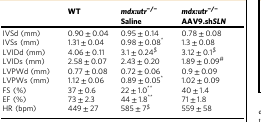
|  | WT | mdx:utr−/− Saline | mdx:utr−/− AAV9.shSLN |
 | --- | --- | --- | --- |
 | IVSd (mm) | 0.90 ± 0.04 | 0.95 ± 0.14 | 0.78 ± 0.08 |
 | IVSs (mm) | 1.31 ± 0.04 | 0.98 ± 0.08* | 1.3 ± 0.08 |
 | LVIDd (mm) | 4.06 ± 0.11 | 3.1 ± 0.24$ | 3.12 ± 0.1$ |
 | LVIDs (mm) | 2.58 ± 0.07 | 2.43 ± 0.20 | 1.89 ± 0.09# |
 | LVPWd (mm) | 0.77 ± 0.08 | 0.72 ± 0.06 | 0.9 ± 0.09 |
 | LVPWs (mm) | 1.12 ± 0.06 | 0.89 ± 0.05* | 1.02 ± 0.09 |
 | FS (%) | 37 ± 0.6 | 22 ± 1.0** | 40 ± 1.4 |
 | EF (%) | 73 ± 2.3 | 44 ± 1.8** | 71 ± 1.8 |
 | HR (bpm) | 449 ± 27 | 585 ± 7$ | 559 ± 58 |